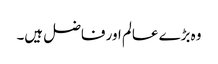
وہ بڑے عالم اور فاضل ہیں۔